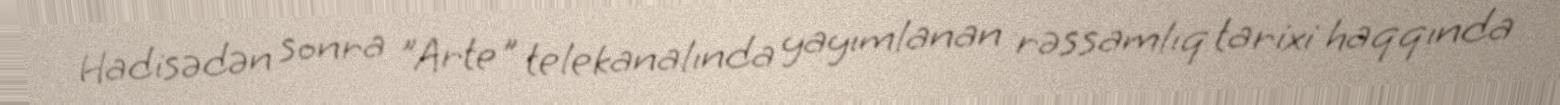
Hadisədən sonra "Arte" telekanalında yayımlanan rəssamlıq tarixi haqqında